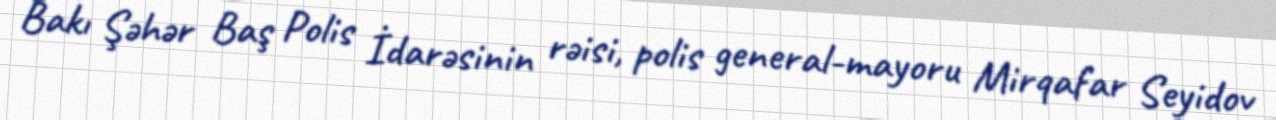
Bakı Şəhər Baş Polis İdarəsinin rəisi, polis general-mayoru Mirqafar Seyidov